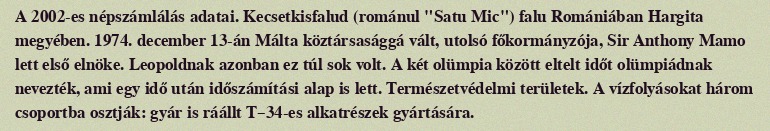
A 2002-es népszámlálás adatai. Kecsetkisfalud (románul "Satu Mic") falu Romániában Hargita megyében. 1974. december 13-án Málta köztársasággá vált, utolsó főkormányzója, Sir Anthony Mamo lett első elnöke. Leopoldnak azonban ez túl sok volt. A két olümpia között eltelt időt olümpiádnak nevezték, ami egy idő után időszámítási alap is lett. Természetvédelmi területek. A vízfolyásokat három csoportba osztják: gyár is ráállt T–34-es alkatrészek gyártására.